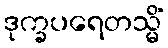
ဒုက္ခပရေတသ္မိံ